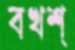
বখশ্